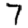
Digit: 7